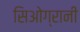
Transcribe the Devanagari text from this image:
सिओग्रानी